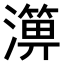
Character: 𤀥